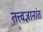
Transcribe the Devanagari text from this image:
तत्त्वज्ञानांत